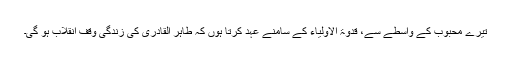
تیرے محبوب کے واسطے سے، قدوۃ الاولیاء کے سامنے عہد کرتا ہوں کہ طاہر القادری کی زندگی وقفِ انقلاب ہو گی۔